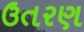
ઉતરણ